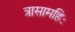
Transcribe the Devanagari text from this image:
त्रासामहिः